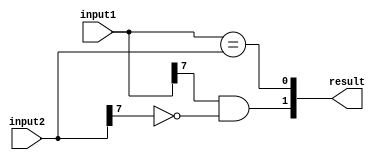
module unsigned_comparator (
    input [7:0] input1,
    input [7:0] input2,
    output [1:0] result
);

wire overflow;
wire equal;

assign overflow = input1[7] & ~input2[7];
assign equal = (input1 == input2);

assign result[1] = input1[7] & ~input2[7]; // Greater than
assign result[0] = equal; // Equal

endmodule